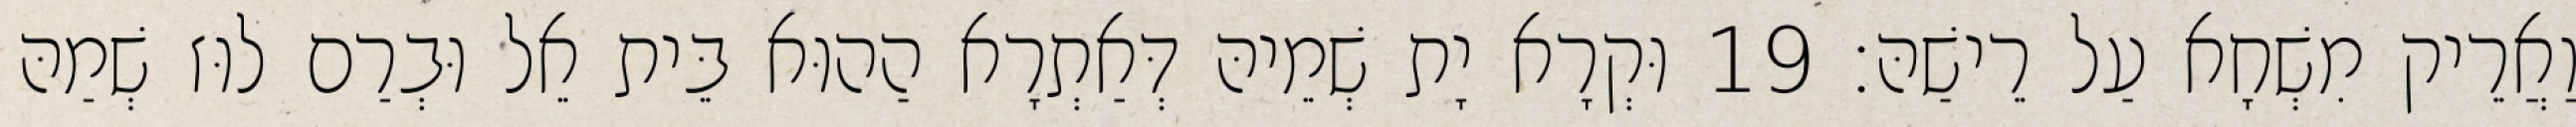
וַאֲרֵיק מִשְׁחָא עַל רֵישַׁהּ׃ 19 וּקְרָא יָת שְׁמֵיהּ דְּאַתְרָא הַהוּא בֵּית אֵל וּבְרַם לוּז שְׁמַהּ